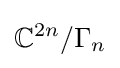
\mathbb {C} ^{2n}/\Gamma _{n}